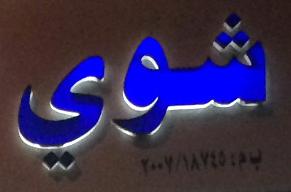
شوي